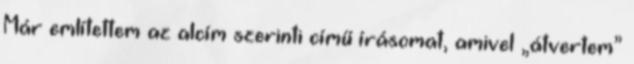
Már említettem az alcím szerinti című írásomat, amivel „átvertem”